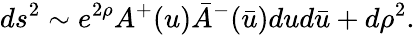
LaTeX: ds^{2}\sim e^{2\rho}A^{+}(u)\bar{A}^{-}(\bar{u})dud\bar{u}+d\rho^{2}.